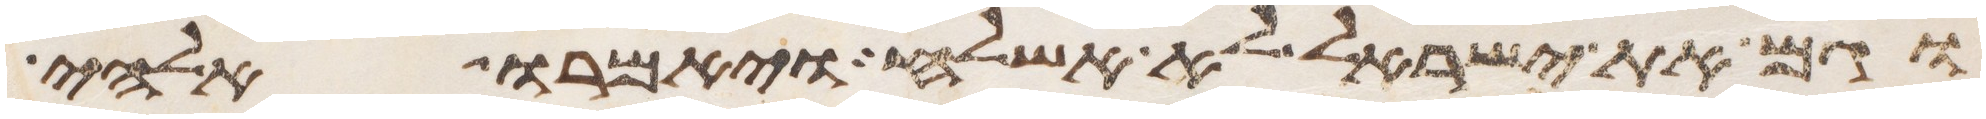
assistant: וגם את ישראל לא אשלח ויאמרו אלהי